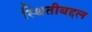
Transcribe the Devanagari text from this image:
स्थितीबद्दल